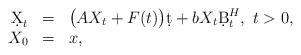
LaTeX: \begin{align*}\begin{array}{rcl}\d X_t&=&\big(AX_t + F(t)\big)\d t + b X_t\d B^H_t,\ t>0,\\X_0&=&x,\end{array}\end{align*}